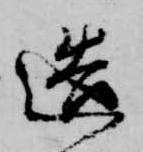
造